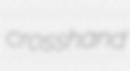
crosshand